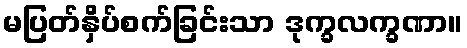
မပြတ်နှိပ်စက်ခြင်းသာ ဒုက္ခလက္ခဏာ။